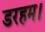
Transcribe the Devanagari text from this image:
डरहम।